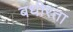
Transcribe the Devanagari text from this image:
बधीरता